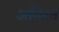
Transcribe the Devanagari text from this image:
अमिरत